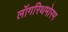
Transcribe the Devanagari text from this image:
लॉगरिथमोरम